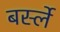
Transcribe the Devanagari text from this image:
बर्स्ले